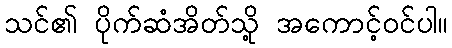
သင်၏ ပိုက်ဆံအိတ်သို့ အကောင့်ဝင်ပါ။